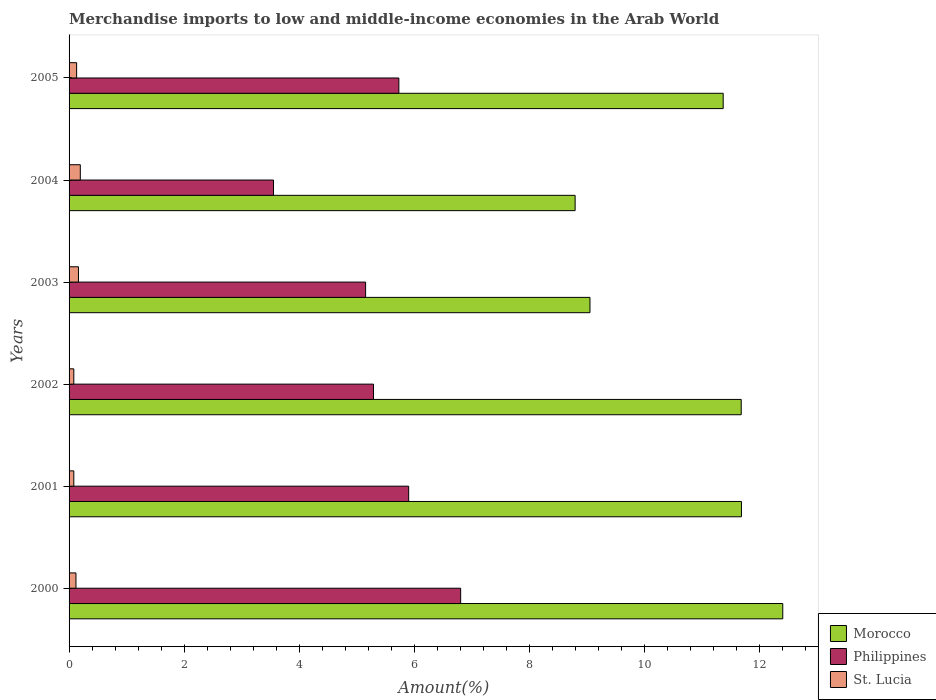
| Years | Morocco | Philippines | St. Lucia |
 | --- | --- | --- | --- |
 | 2000 | 12.4 | 6.81 | 0.12 |
 | 2001 | 11.7 | 5.91 | 0.0825 |
 | 2002 | 11.7 | 5.29 | 0.0825 |
 | 2003 | 9.06 | 5.16 | 0.163 |
 | 2004 | 8.8 | 3.56 | 0.195 |
 | 2005 | 11.4 | 5.74 | 0.131 |